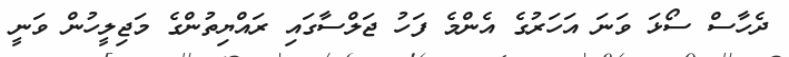
ދެހާސް ސޯޅަ ވަނަ އަހަރުގެ އެންމެ ފަހު ޖަލްސާގައި ރައްޔިތުންގެ މަޖިލީހުން ވަނީ